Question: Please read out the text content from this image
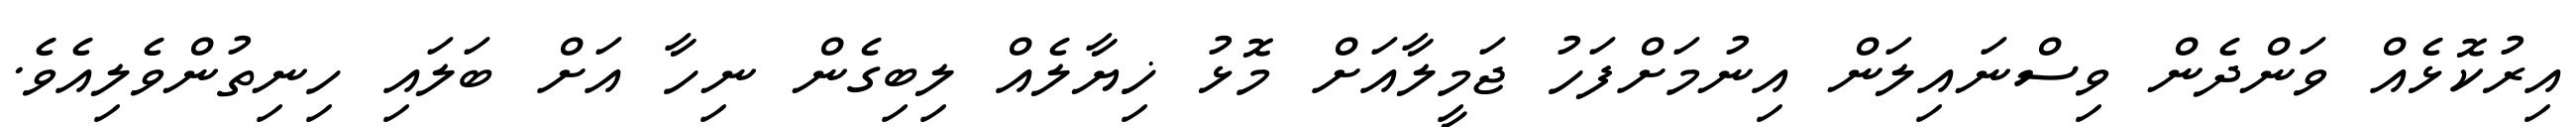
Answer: އިރުކޮޅެއް ވަންދެން ވިސްނައިލަން އިނުމަށްފަހު ޖަމީލާއަށް މޮޅު ޚިޔާލެއް ލިބިގެން ނިހާ އަށް ބަލައި ހިނިތުންވެލިއެވެ.